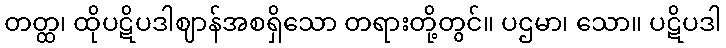
တတ္ထ၊ ထိုပဋိပဒါဈာန်အစရှိသော တရားတို့တွင်။ ပဌမာ၊ သော။ ပဋိပဒါ